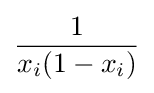
{\frac {1}{x_{i}(1-x_{i})}}